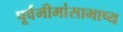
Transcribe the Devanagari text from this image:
पूर्वमीमांसाभाष्य